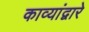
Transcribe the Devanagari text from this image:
काव्यांद्वारे